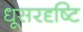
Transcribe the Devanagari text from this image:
धूसरदृष्टि